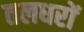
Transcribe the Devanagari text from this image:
तलधरों